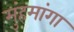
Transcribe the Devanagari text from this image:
मुंहमांगा